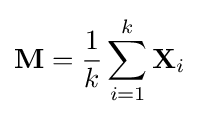
\mathbf {M} ={\frac {1}{k}}\sum _{i=1}^{k}\mathbf {X} _{i}